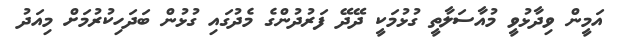
އަމީން ވިދާޅުވީ މުއާސަލާތީ ގުޅުމަކީ ދޭދޭ ފަރުދުންގެ މެދުގައި ގުޅުން ބަދަހިކުރުމަށް މިއަދު